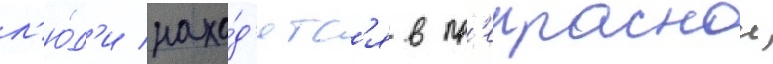
л'ю́д'и нахо́д'ятс'я в пр'екраснои